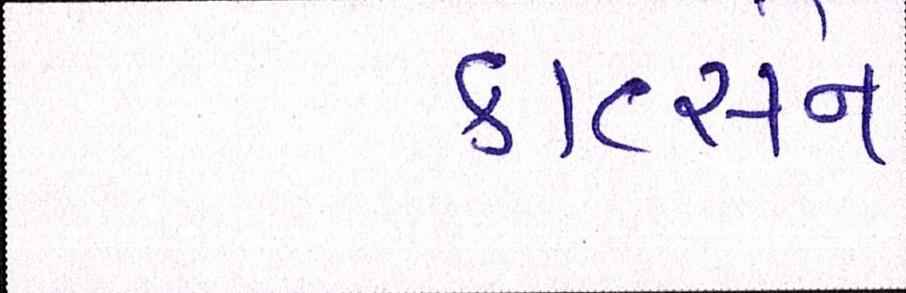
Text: કાર્લ્સન